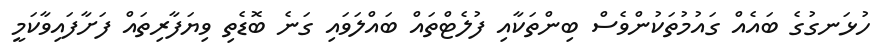
ހުޅަނގުގެ ބައެއް ގައުމުތަކުންވެސް ބިންތަކާއި ފުލެޓްތައް ބައްލަވައި ގަނެ ބޮޑެތި ވިޔަފާރިތައް ފަށާފައިވާކަމީ